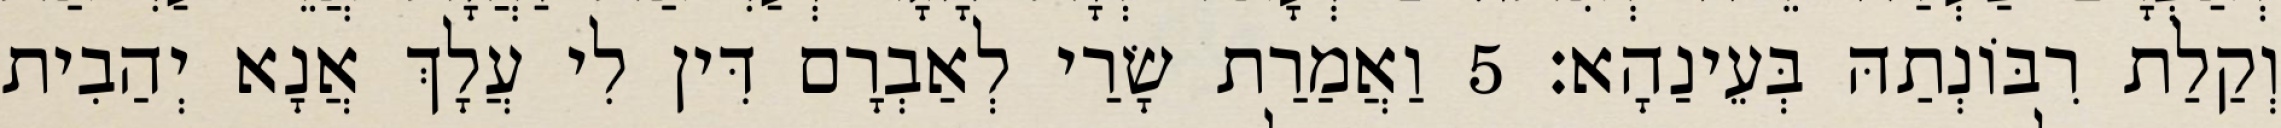
וְקַלַת רִבּוֹנְתַהּ בְּעֵינַהָא׃ 5 וַאֲמַרַת שָׂרַי לְאַבְרָם דִּין לִי עֲלָךְ אֲנָא יְהַבִית